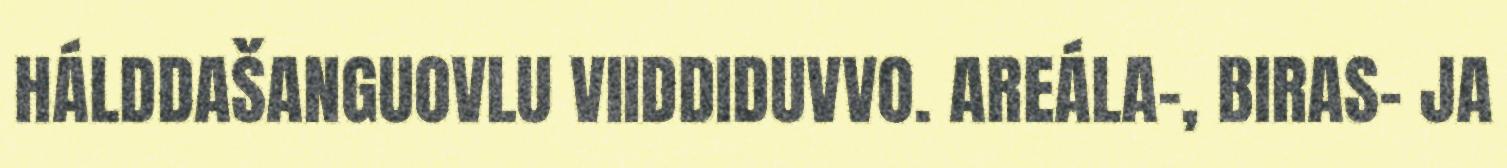
HÁLDDAŠANGUOVLU VIIDDIDUVVO. AREÁLA-, BIRAS- JA